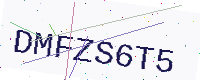
Text: DMFZS6T5